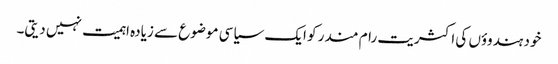
خود ہندوؤں کی اکثریت رام مندر کو ایک سیاسی موضوع سے زیادہ اہمیت نہیں دیتی۔